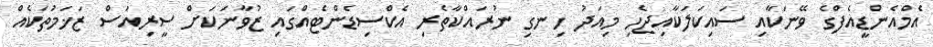
އެމްއެންޑީއެފްގެ ވޭނަކާއި ސައިކަލަކާއިޖެހި މިއަދު ހިނގި ނުރައްކާތެރި އެކްސިޑެންޓެއްގައި ޒުވާނަކަށް ސީރިއަސް ޒަޚަމުތަކެއް